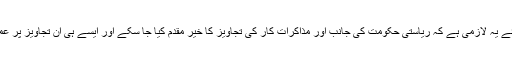
مرکزی وزیر داخلہ راجناتھ سنگھ کا کہنا تھا کہ امن بحالی کیلئے یہ لازمی ہے کہ ریاستی حکومت کی جانب اور مذاکرات کار کی تجاویز کا خیر مقدم کیا جا سکے اور ایسے ہی ان تجاویز پر عمل درآمد ہورہا ہے جس کے خاطرخواہ نتائج برآمد ہورہے ہیں۔